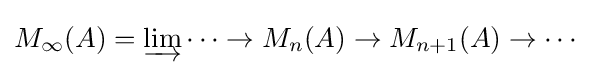
M_{\infty }(A)=\varinjlim \cdots \rightarrow M_{n}(A)\rightarrow M_{n+1}(A)\rightarrow \cdots